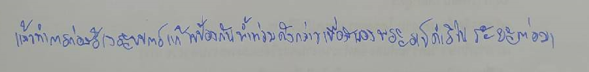
แล้วทำการก่อสร้างระบบการแก้ไขป้องกันน้ำท่วมดังกล่าวเพื่อสนองพระราชดำริในระยะต่อมา